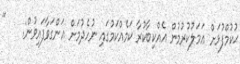
ޙުކުމްފުޅަށް ޢަމަލުކުރުމުން އެއްކިބާކުރާ ކަމެއްކަމުގައި ނުހެދުމަށް އަންގަވާފައިވުން:    "